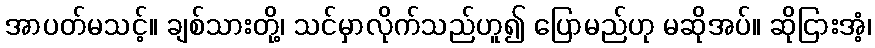
အာပတ်မသင့်။ ချစ်သားတို့၊ သင်မှာလိုက်သည်ဟူ၍ ပြောမည်ဟု မဆိုအပ်။ ဆိုငြားအံ့၊